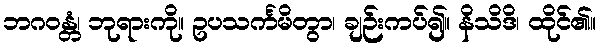
ဘဂဝန္တံ၊ ဘုရားကို။ ဥပသင်္ကမိတွာ၊ ချဉ်းကပ်၍။ နိသိဒိ၊ ထိုင်၏။